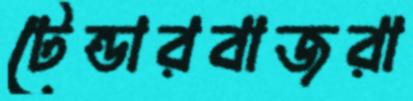
টেন্ডারবাজরা